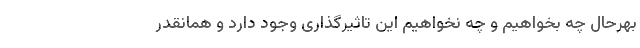
بهرحال چه بخواهیم و چه نخواهیم این تاثیرگذاری وجود دارد و همانقدر